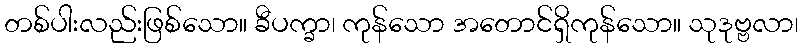
တစ်ပါးလည်းဖြစ်သော။ ခီပက္ခာ၊ ကုန်သော အတောင်ရှိကုန်သော။ သုဒုဗ္ဗလာ၊